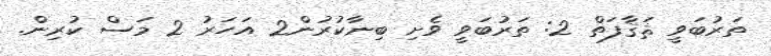
ތަރުބަވީ ޘަޤާފަތް 2: ތަރުބަވީ ވެށި ބިނާކުރުން2 އަހަރު 2 މަސް ކުރިން.